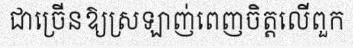
ជាច្រើនឱ្យស្រឡាញ់ពេញចិត្តលើពួក